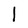
Character: l